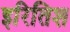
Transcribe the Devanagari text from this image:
इरितिश